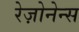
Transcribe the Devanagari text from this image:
रेज़ोनेन्स